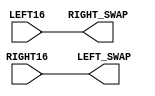
`timescale 1ns / 1ps
//////////////////////////////////////////////////////////////////////////////////
// Alveera Gill 
// Module:    Des_Top 
// Project:   Data Encryption Standard Implementation using Verilog
//////////////////////////////////////////////////////////////////////////////////
module Swap(LEFT16, RIGHT16, LEFT_SWAP, RIGHT_SWAP);
input [32:1]LEFT16;
input [32:1]RIGHT16;
output [32:1]LEFT_SWAP;
output [32:1]RIGHT_SWAP;
wire [32:1]LEFT16;
wire [32:1]RIGHT16;
wire [32:1]LEFT_SWAP;
wire [32:1]RIGHT_SWAP;
assign LEFT_SWAP = RIGHT16;
assign RIGHT_SWAP = LEFT16;
endmodule